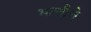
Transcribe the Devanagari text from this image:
भाचीचे